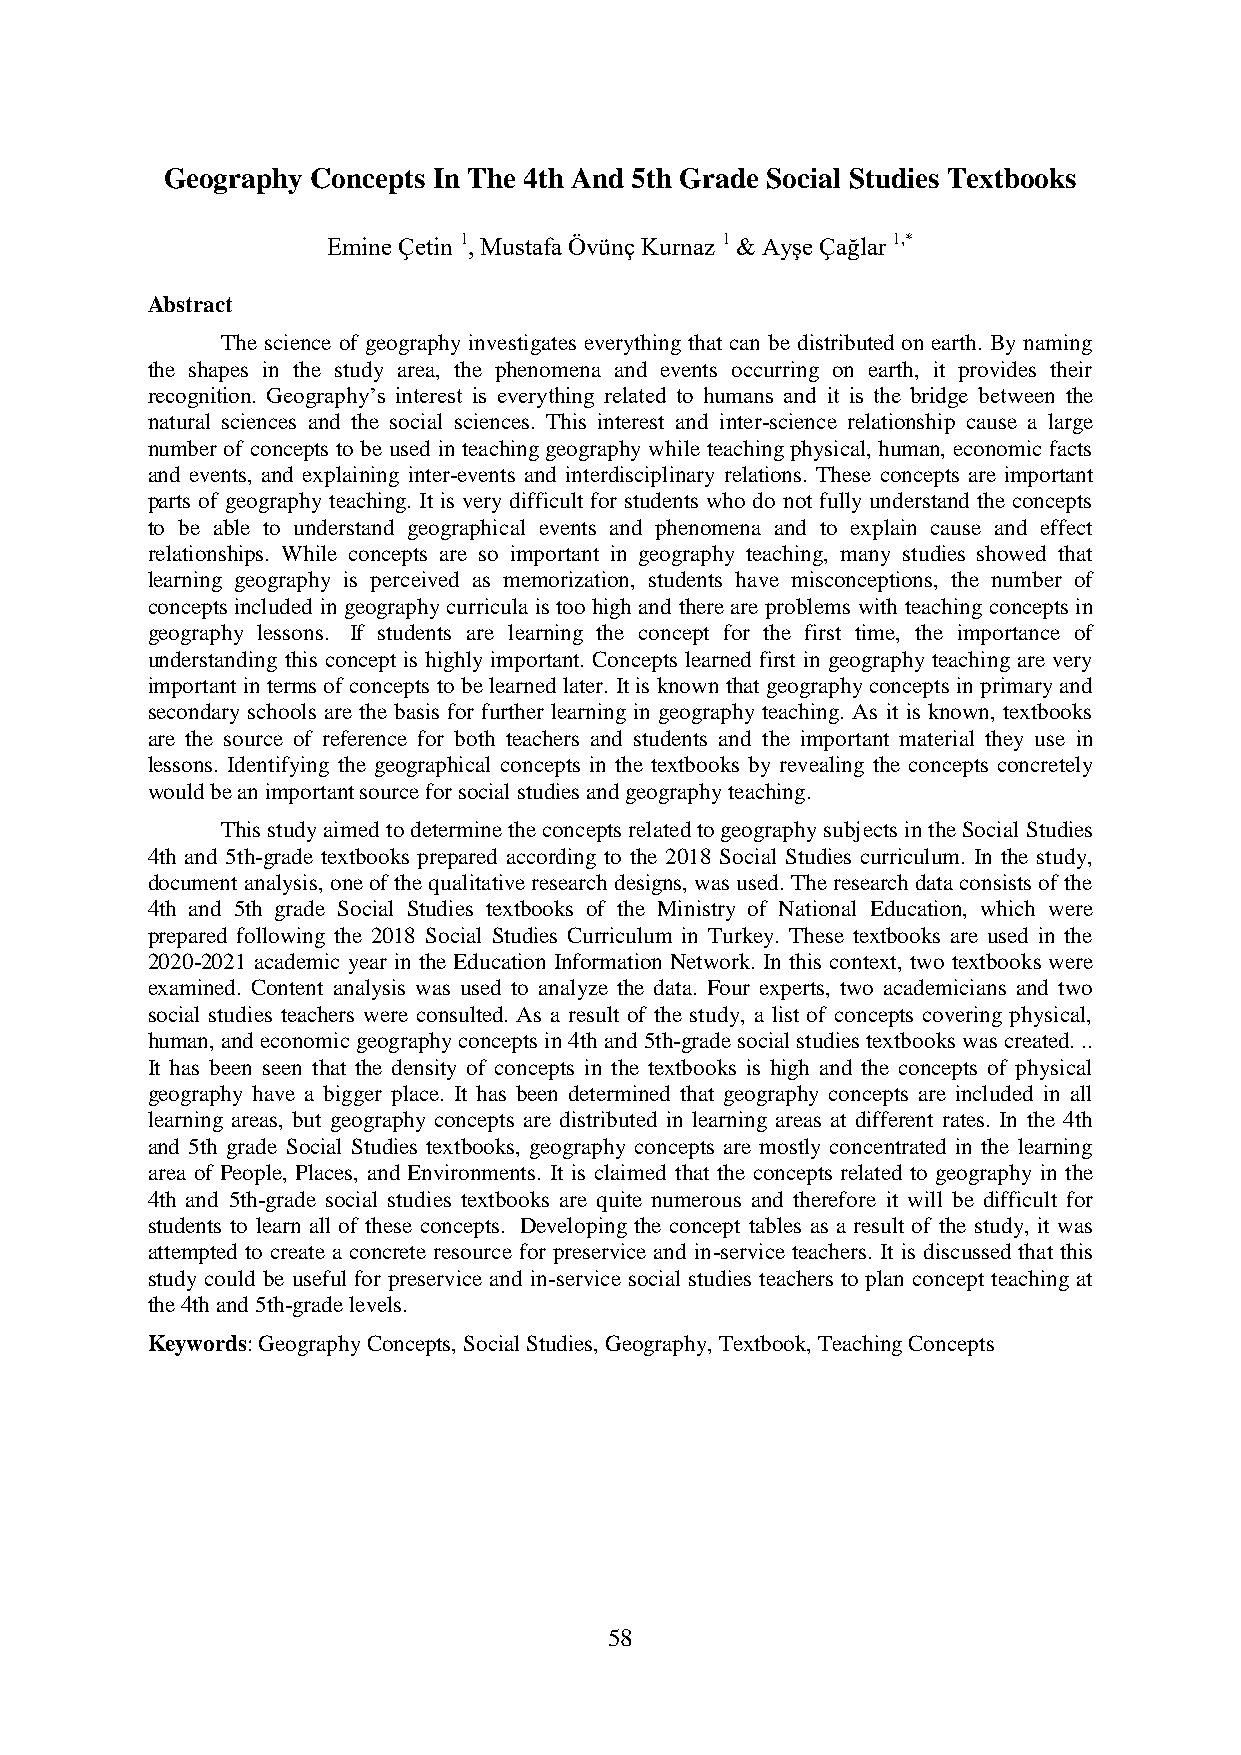
Geography Concepts In The 4th And 5th Grade Social Studies Textbooks
 Emine Çetin 1, Mustafa Övünç Kurnaz 1 & Ayşe Çağlar 1,*
 Abstract
 The science of geography investigates everything that can be distributed on earth. By naming
 the shapes in the study area, the phenomena and events occurring on earth, it provides their
 recognition. Geography’s interest is everything related to humans and it is the bridge between the
 natural sciences and the social sciences. This interest and inter-science relationship cause a large
 number of concepts to be used in teaching geography while teaching physical, human, economic facts
 and events, and explaining inter-events and interdisciplinary relations. These concepts are important
 parts of geography teaching. It is very difficult for students who do not fully understand the concepts
 to be able to understand geographical events and phenomena and to explain cause and effect
 relationships. While concepts are so important in geography teaching, many studies showed that
 learning geography is perceived as memorization, students have misconceptions, the number of
 concepts included in geography curricula is too high and there are problems with teaching concepts in
 geography lessons. If students are learning the concept for the first time, the importance of
 understanding this concept is highly important. Concepts learned first in geography teaching are very
 important in terms of concepts to be learned later. It is known that geography concepts in primary and
 secondary schools are the basis for further learning in geography teaching. As it is known, textbooks
 are the source of reference for both teachers and students and the important material they use in
 lessons. Identifying the geographical concepts in the textbooks by revealing the concepts concretely
 would be an important source for social studies and geography teaching.
 This study aimed to determine the concepts related to geography subjects in the Social Studies
 4th and 5th-grade textbooks prepared according to the 2018 Social Studies curriculum. In the study,
 document analysis, one of the qualitative research designs, was used. The research data consists of the
 4th and 5th grade Social Studies textbooks of the Ministry of National Education, which were
 prepared following the 2018 Social Studies Curriculum in Turkey. These textbooks are used in the
 2020-2021 academic year in the Education Information Network. In this context, two textbooks were
 examined. Content analysis was used to analyze the data. Four experts, two academicians and two
 social studies teachers were consulted. As a result of the study, a list of concepts covering physical,
 human, and economic geography concepts in 4th and 5th-grade social studies textbooks was created. ..
 It has been seen that the density of concepts in the textbooks is high and the concepts of physical
 geography have a bigger place. It has been determined that geography concepts are included in all
 learning areas, but geography concepts are distributed in learning areas at different rates. In the 4th
 and 5th grade Social Studies textbooks, geography concepts are mostly concentrated in the learning
 area of People, Places, and Environments. It is claimed that the concepts related to geography in the
 4th and 5th-grade social studies textbooks are quite numerous and therefore it will be difficult for
 students to learn all of these concepts. Developing the concept tables as a result of the study, it was
 attempted to create a concrete resource for preservice and in-service teachers. It is discussed that this
 study could be useful for preservice and in-service social studies teachers to plan concept teaching at
 the 4th and 5th-grade levels.
 Keywords: Geography Concepts, Social Studies, Geography, Textbook, Teaching Concepts
 58